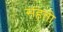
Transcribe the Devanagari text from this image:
संहती